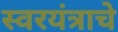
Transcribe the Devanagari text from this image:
स्वरयंत्राचे